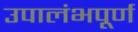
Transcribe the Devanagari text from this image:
उपालंभपूर्ण